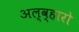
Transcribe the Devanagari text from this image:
अल्व्हारो